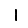
Digit: 1